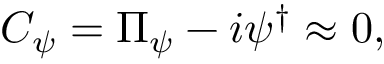
{ \cal C } _ { \psi } = \Pi _ { \psi } - i \psi ^ { \dagger } \approx 0 ,